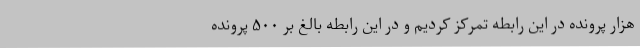
هزار پرونده در این رابطه تمرکز کردیم و در این رابطه بالغ بر ۵۰۰ پرونده